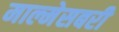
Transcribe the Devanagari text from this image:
माल्मेसबरी